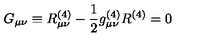
G _ { \mu \nu } \equiv R _ { \mu \nu } ^ { ( 4 ) } - { \frac { 1 } { 2 } } g _ { \mu \nu } ^ { ( 4 ) } R ^ { ( 4 ) } = 0